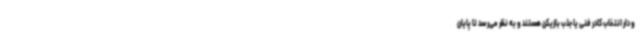
و دار انتخاب کادر فنی یا جذب بازیکن هستند و به نظر می‌رسد تا پایان